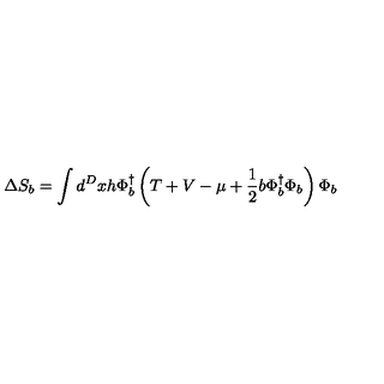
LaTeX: \Delta S _ { b } = \int d ^ { D } x h \Phi _ { b } ^ { \dagger } \left( T + V - \mu + \frac { 1 } { 2 } b \Phi _ { b } ^ { \dagger } \Phi _ { b } \right) \Phi _ { b }